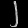
Digit: ၂